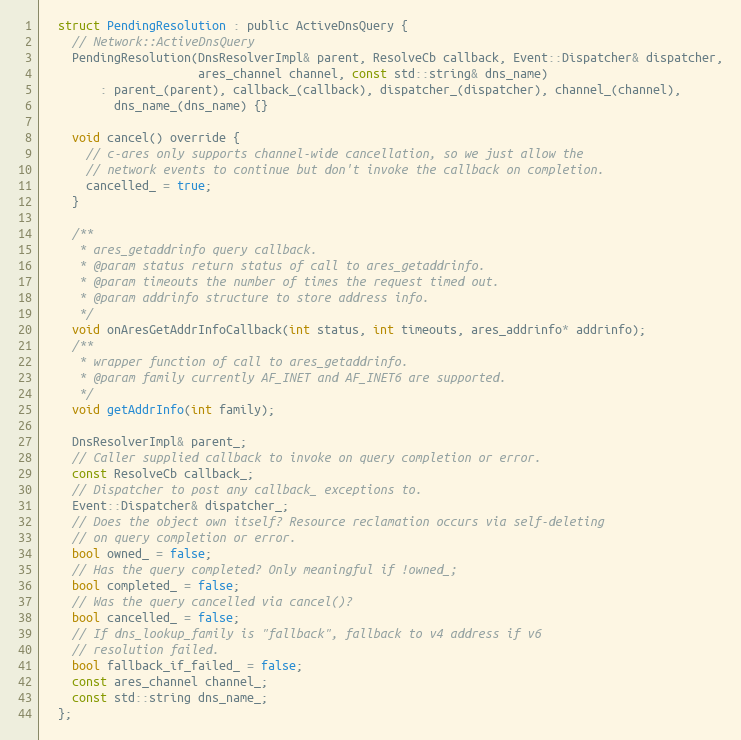
Language: C
  struct PendingResolution : public ActiveDnsQuery {
    // Network::ActiveDnsQuery
    PendingResolution(DnsResolverImpl& parent, ResolveCb callback, Event::Dispatcher& dispatcher,
                      ares_channel channel, const std::string& dns_name)
        : parent_(parent), callback_(callback), dispatcher_(dispatcher), channel_(channel),
          dns_name_(dns_name) {}

    void cancel() override {
      // c-ares only supports channel-wide cancellation, so we just allow the
      // network events to continue but don't invoke the callback on completion.
      cancelled_ = true;
    }

    /**
     * ares_getaddrinfo query callback.
     * @param status return status of call to ares_getaddrinfo.
     * @param timeouts the number of times the request timed out.
     * @param addrinfo structure to store address info.
     */
    void onAresGetAddrInfoCallback(int status, int timeouts, ares_addrinfo* addrinfo);
    /**
     * wrapper function of call to ares_getaddrinfo.
     * @param family currently AF_INET and AF_INET6 are supported.
     */
    void getAddrInfo(int family);

    DnsResolverImpl& parent_;
    // Caller supplied callback to invoke on query completion or error.
    const ResolveCb callback_;
    // Dispatcher to post any callback_ exceptions to.
    Event::Dispatcher& dispatcher_;
    // Does the object own itself? Resource reclamation occurs via self-deleting
    // on query completion or error.
    bool owned_ = false;
    // Has the query completed? Only meaningful if !owned_;
    bool completed_ = false;
    // Was the query cancelled via cancel()?
    bool cancelled_ = false;
    // If dns_lookup_family is "fallback", fallback to v4 address if v6
    // resolution failed.
    bool fallback_if_failed_ = false;
    const ares_channel channel_;
    const std::string dns_name_;
  };